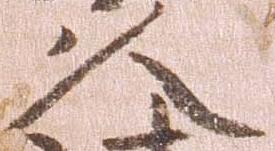
久